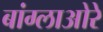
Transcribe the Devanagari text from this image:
बांग्लाओरे